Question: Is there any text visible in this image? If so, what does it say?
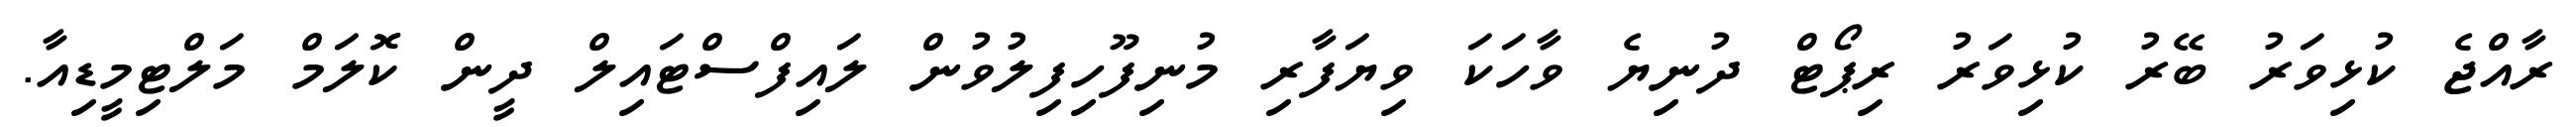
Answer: ރާއްޖެ ކުޅިވަރު ބޭރު ކުޅިވަރު ރިޕޯޓް ދުނިޔެ ވާހަކަ ވިޔަފާރި މުނިފޫހިފިލުވުން ލައިފްސްޓައިލް ދީން ކޮލަމް މަލްޓިމީޑިއާ.